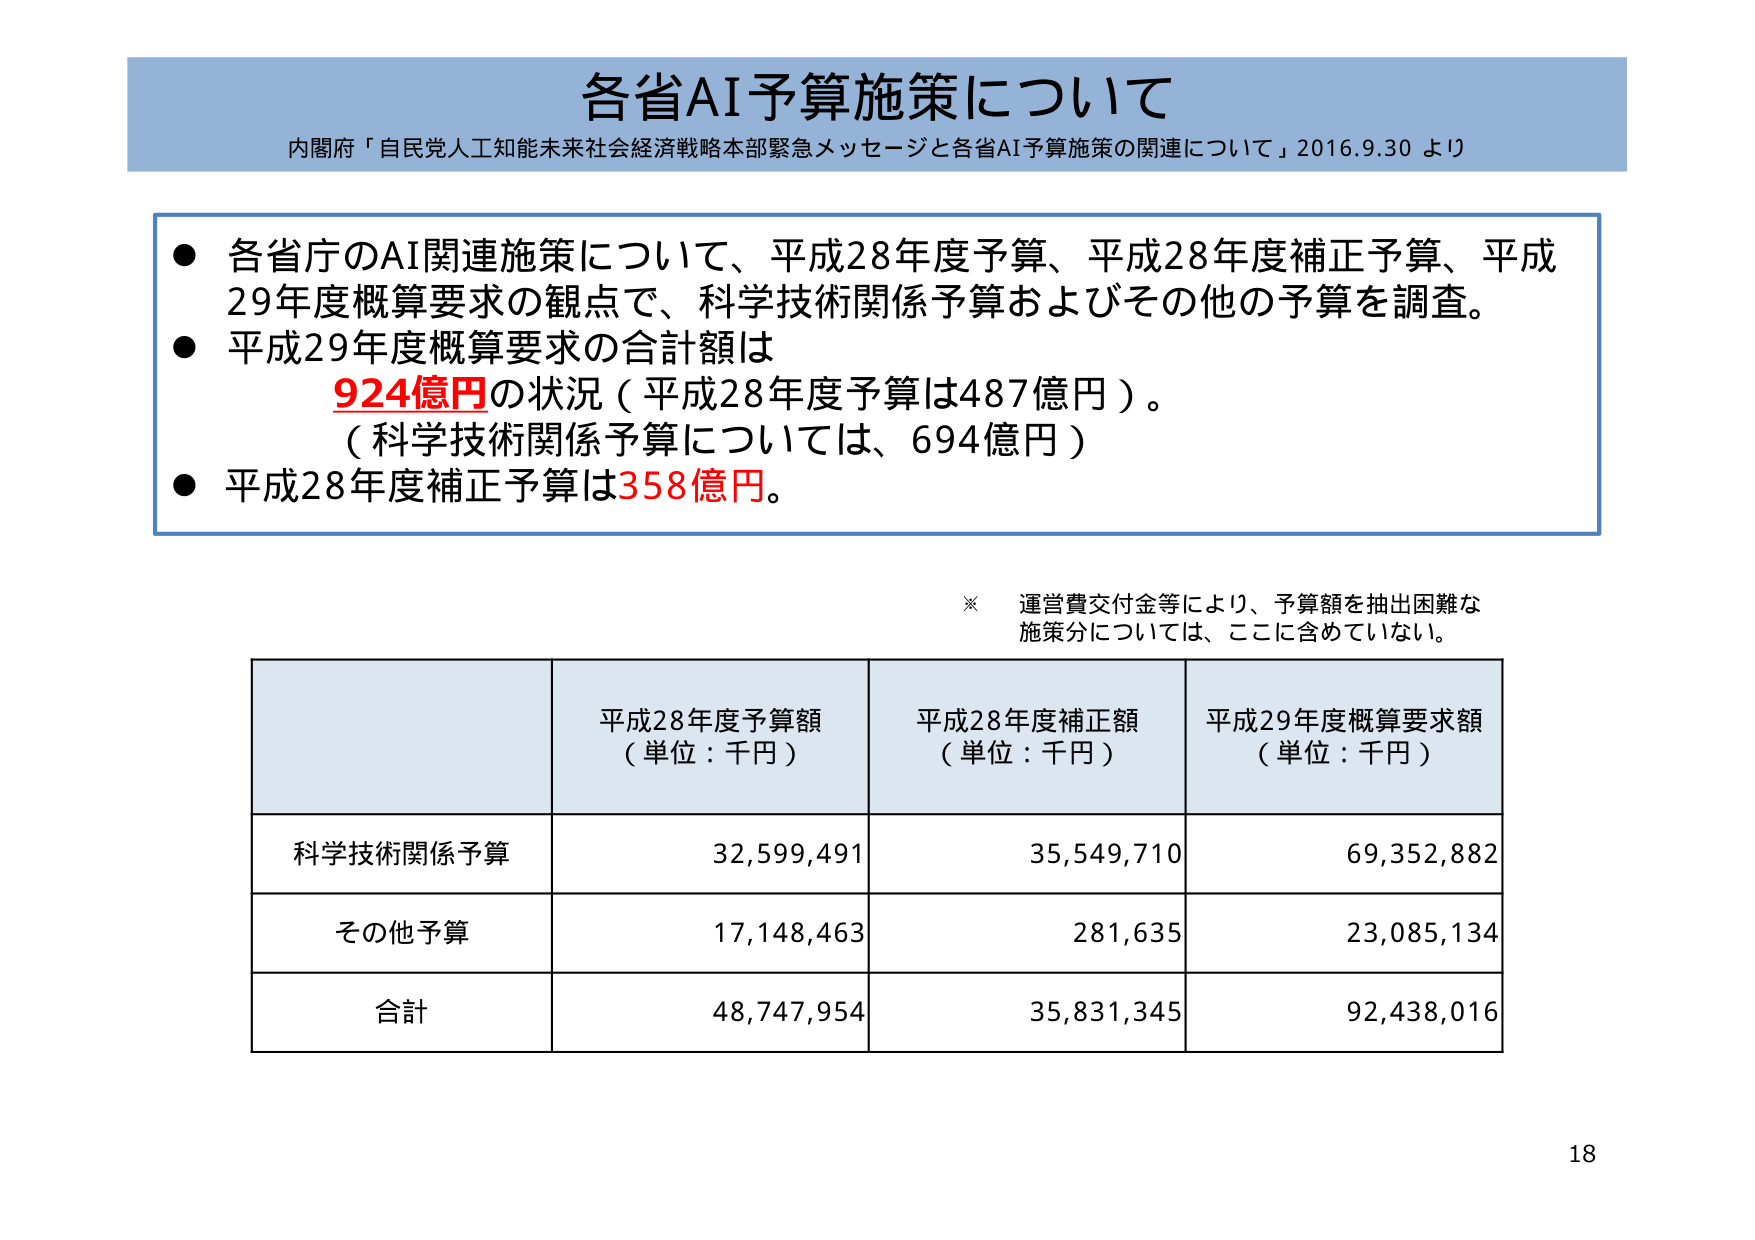
各省AI予算施策について
内閣府「自民党人工知能未来社会経済戦略本部緊急メッセージと各省AI予算施策の関連について」2016.9.30 より

● 各省庁のAI関連施策について、平成28年度予算、平成28年度補正予算、平成29年度概算要求の観点で、科学技術関係予算およびその他の予算を調査。
● 平成29年度概算要求の合計額は
　924億円の状況（平成28年度予算は487億円）。
　（科学技術関係予算については、694億円）
● 平成28年度補正予算は358億円。

※ 運営費交付金等により、予算額を抽出困難な施策分については、ここに含めていない。

平成28年度予算額
（単位：千円）
平成28年度補正額
（単位：千円）
平成29年度概算要求額
（単位：千円）

科学技術関係予算　32,599,491　35,549,710　69,352,882
その他予算　　　　17,148,463　281,635　　23,085,134
合計　　　　　　　48,747,954　35,831,345　92,438,016

18